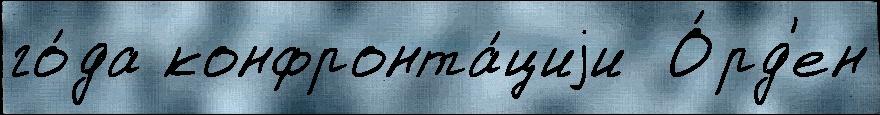
го́да конфронта́циjи  О́рд'ен